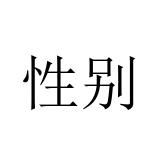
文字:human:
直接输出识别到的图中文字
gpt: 性别